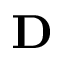
\bf { D }